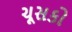
ચૂસકો